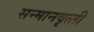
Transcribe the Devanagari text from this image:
सन्‍मानवृत्‍ती